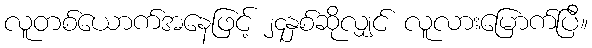
လူတစ်ယောက်အနေဖြင့် ၂၄နှစ်ဆိုလျှင် လူလားမြောက်ပြီ။